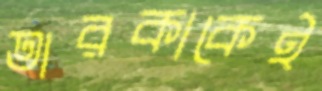
তারকাকেই